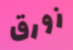
زورق